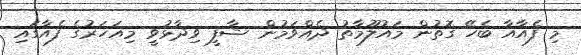
މި ފެއާއާ ބެހޭ ގޮތުން މައުލޫމާތު ދެއްވަމުން ޝާފީ ވިދާޅުވީ މިއަހަރުގެ ފެއާގައި